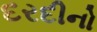
દરદીનો